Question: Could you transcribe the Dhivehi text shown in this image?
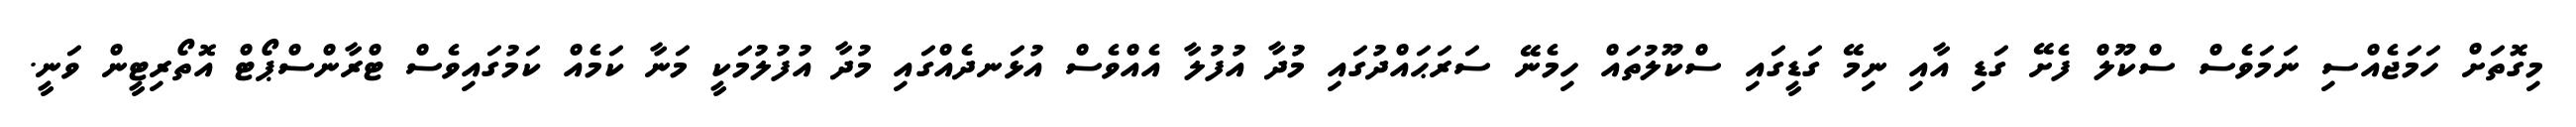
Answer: މިގޮތަށް ހަމަޖެއްސި ނަމަވެސް ސްކޫލް ފެށޭ ގަޑި އާއި ނިމޭ ގަޑީގައި ސްކޫލުތައް ހިމެނޭ ސަރަޙައްދުގައި މުދާ އުފުލާ އެއްވެސް އުޅަނދެއްގައި މުދާ އުފުލުމަކީ މަނާ ކަމެއް ކަމުގައިވެސް ޓްރާންސްޕޯޓް އޮތޯރިޓީން ވަނީ.